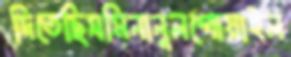
দিতেছিসমিনানুলগোয়াইল